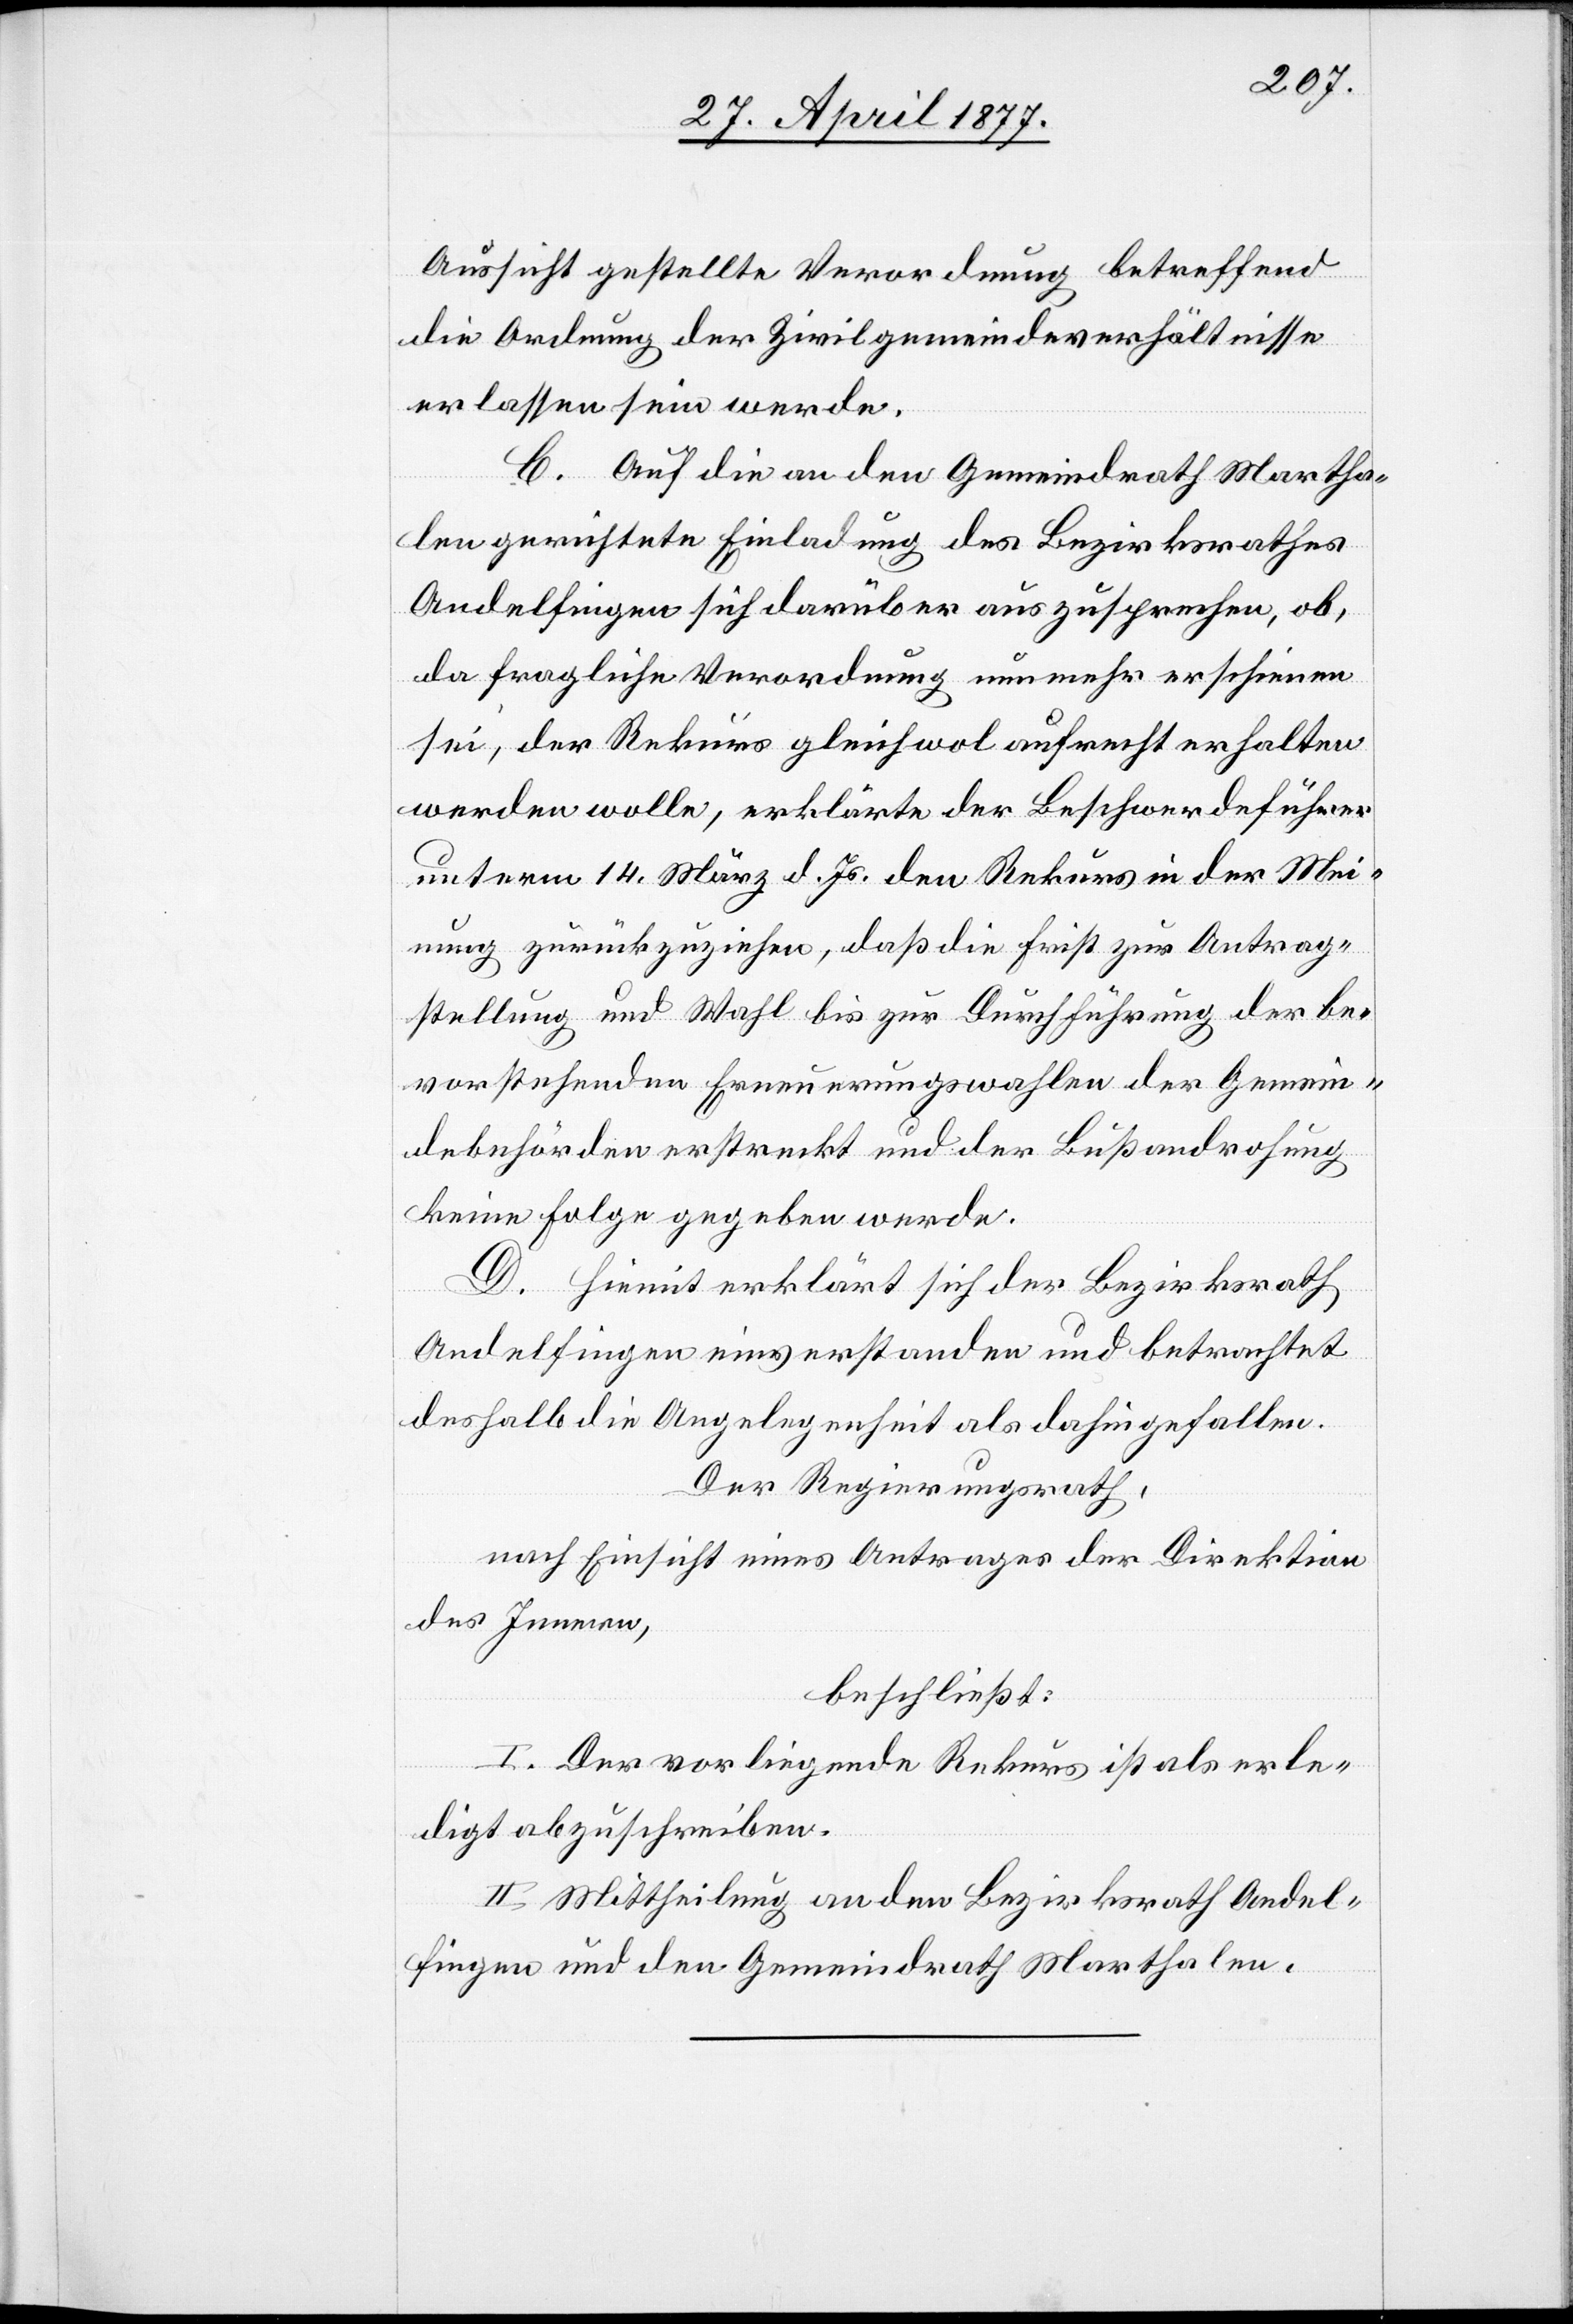
Aussicht gestellte Verordnung betreffend
die Ordnung der Zivilgemeindeverhältnisse
erlassen sein werde.
C. Auf die an den Gemeindrath Martha¬
len gerichtete Einladung des Bezirksrathes
Andelfingen sich darüber auszusprechen, ob,
da fragliche Verordnung nunmehr erschienen
sei, der Rekurs gleichwol aufrecht erhalten
werden wolle, erklärte der Beschwerdeführer
unterm 14. März d. Js. den Rekurs in der Mei¬
nung zurückzuziehen, daß die Frist zur Antrag¬
stellung und Wahl bis zur Durchführung der be¬
vorstehenden Erneuerungswahlen der Gemein¬
debehörden erstreckt und der Bußandrohung
keine Folge gegeben werde.
D. Hiemit erklärt sich der Bezirksrath
Andelfingen einverstanden und betrachtet
deshalb die Angelegenheit als dahingefallen.
Der Regierungsrath,
nach Einsicht eines Antrages der Direktion
des Innern,
beschließt:
I. Der vorliegende Rekurs ist als erle¬
digt abzuschreiben.
II. Mittheilung an den Bezirksrath Andel¬
fingen und den Gemeindrath Marthalen.